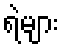
ရဲများ